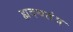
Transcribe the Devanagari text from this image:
ह्मदयतंत्र